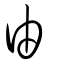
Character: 由